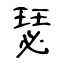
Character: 瑟